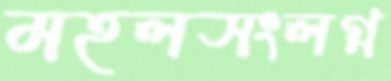
মহলসংলগ্ন